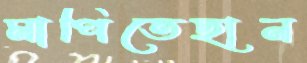
মাপিতেছান